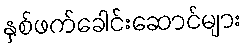
နှစ်ဖက်ခေါင်းဆောင်များ